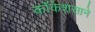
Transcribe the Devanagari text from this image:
कॉकेशसाने